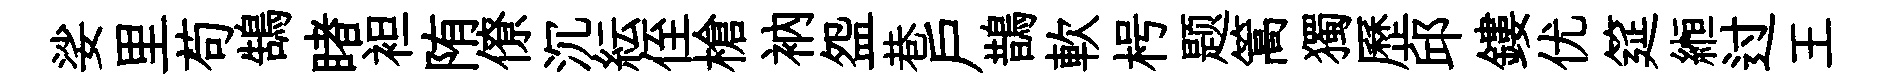
娑里苟鵠睹袒陏僚沉紜侄槍衲盌巷戶鵲軟枵题篙獨歷邱鏤优筵縆过王